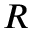
R